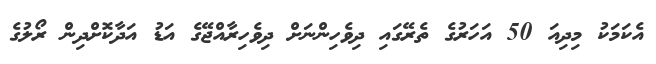
އެކަމަކު މިދިއަ 50 އަހަރުގެ ތެރޭގައި ދިވެހިންނަށް ދިވެހިރާއްޖޭގެ އަޑު އަދާކޮށްދިން ރޯލުގެ